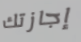
إجازتك